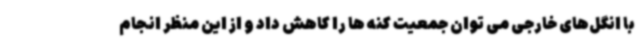
با انگل‌های خارجی می توان جمعیت کنه ها را کاهش داد و از این منظر انجام